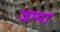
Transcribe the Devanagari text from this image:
जप्पा